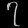
Digit: ၇